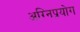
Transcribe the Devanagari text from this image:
अग्निप्रयोग